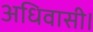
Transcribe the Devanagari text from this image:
अधिवासी।